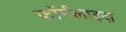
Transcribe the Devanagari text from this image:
फॉर्मलाइज़